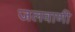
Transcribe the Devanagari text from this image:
जलवाणी